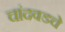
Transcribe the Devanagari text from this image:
चांदवडचे